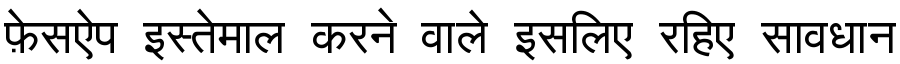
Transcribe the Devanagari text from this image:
फ़ेसऐप इस्तेमाल करने वाले इसलिए रहिए सावधान